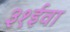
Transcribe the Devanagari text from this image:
३१ईवा